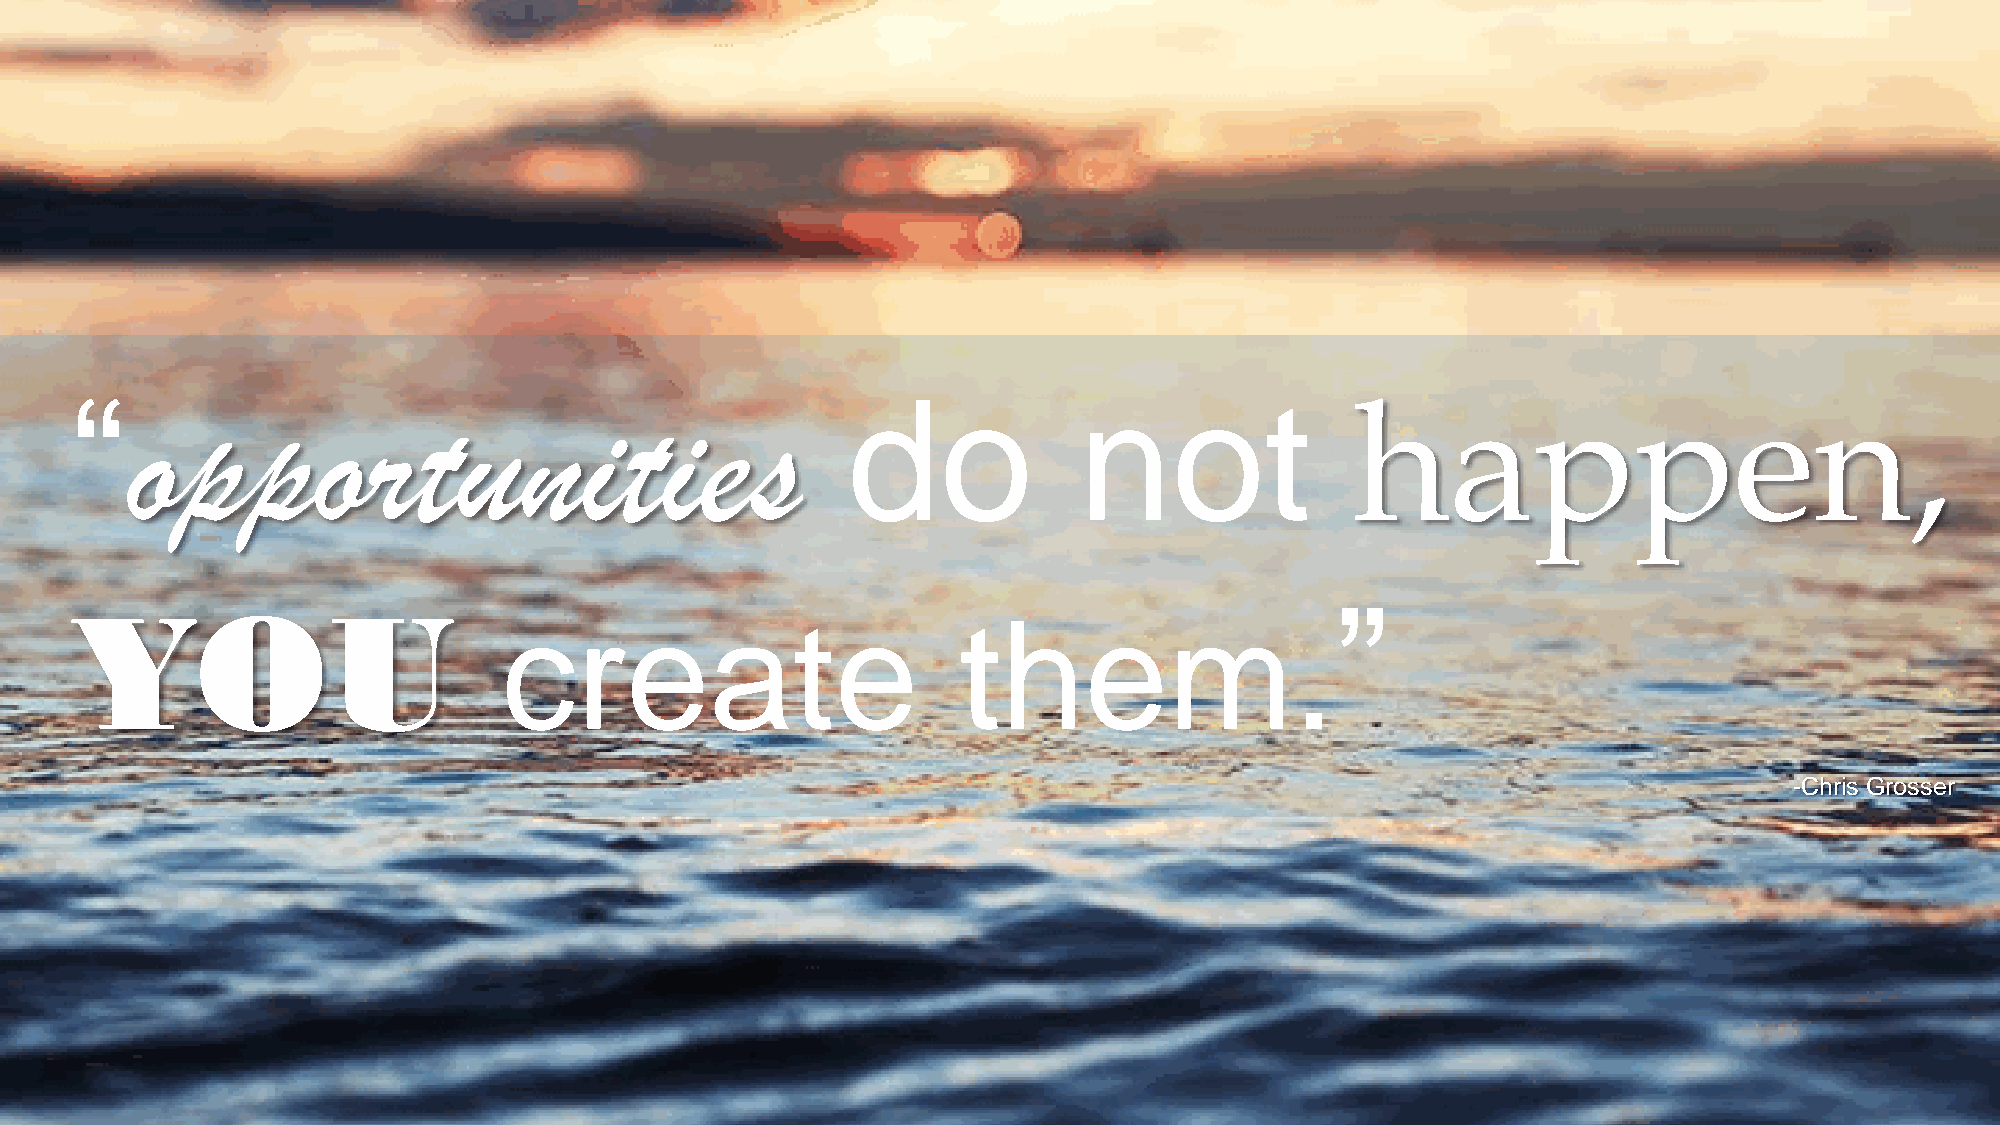
“opportunities                                     do             not
 happen,
 YOU                                                                                ”
 create                        them.
 -Chris Grosser
 © 2015 Cisco and/or its affiliates. All rights reserved.                                                        Cisco Confidential 6